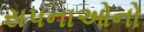
સપનાઓનો